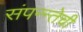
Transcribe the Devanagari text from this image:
संपन्न्तेची